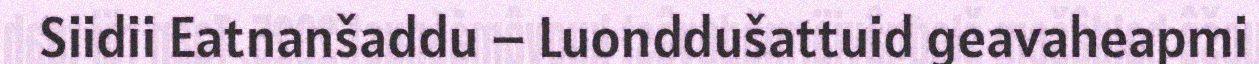
Siidii Eatnanšaddu – Luonddušattuid geavaheapmi